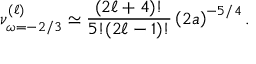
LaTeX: \nu _ { \omega = - 2 / 3 } ^ { ( \ell ) } \simeq \frac { ( 2 \ell + 4 ) ! } { 5 ! ( 2 \ell - 1 ) ! } \left( 2 a \right) ^ { - 5 / 4 } .